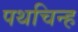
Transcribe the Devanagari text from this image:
पथचिन्ह